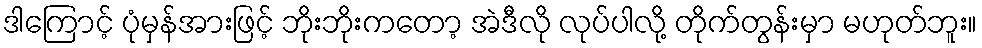
ဒါကြောင့် ပုံမှန်အားဖြင့် ဘိုးဘိုးကတော့ အဲဒီလို လုပ်ပါလို့ တိုက်တွန်းမှာ မဟုတ်ဘူး။